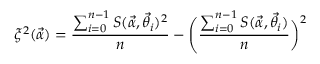
\xi ^ { 2 } ( \vec { \alpha } ) = \frac { \sum _ { i = 0 } ^ { n - 1 } S ( \vec { \alpha } , \vec { \theta _ { i } } ) ^ { 2 } } { n } - \Biggl ( \frac { \sum _ { i = 0 } ^ { n - 1 } S ( \vec { \alpha } , \vec { \theta _ { i } } ) } { n } \biggr ) ^ { 2 }